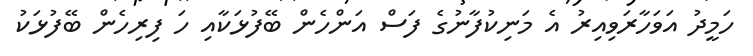
ހަމީދު އަވަހާރަވިއިރު އެ މަނިކުފާނުގެ ފަސް އަންހެން ބޭފުޅަކާއި ހަ ފިރިހެން ބޭފުޅަކު